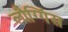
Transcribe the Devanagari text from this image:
लौग्गिंस